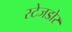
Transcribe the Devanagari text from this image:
स्टेजडोर